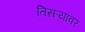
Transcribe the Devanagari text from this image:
तिसऱ्यावर